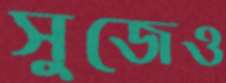
সুজেও